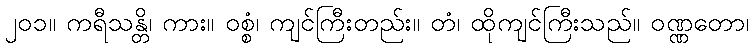
၂၀၁။ ကရီသန္တိ၊ ကား။ ဝစ္စံ၊ ကျင်ကြီးတည်း။ တံ၊ ထိုကျင်ကြီးသည်။ ဝဏ္ဏတော၊